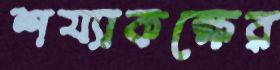
শয্যাকক্ষের